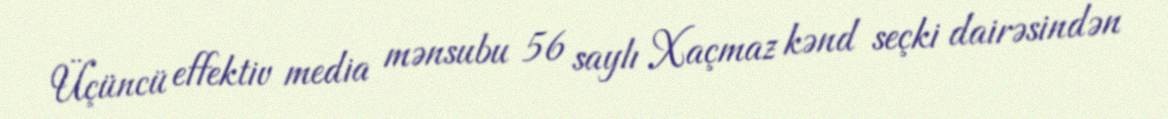
Üçüncü effektiv media mənsubu 56 saylı Xaçmaz kənd seçki dairəsindən